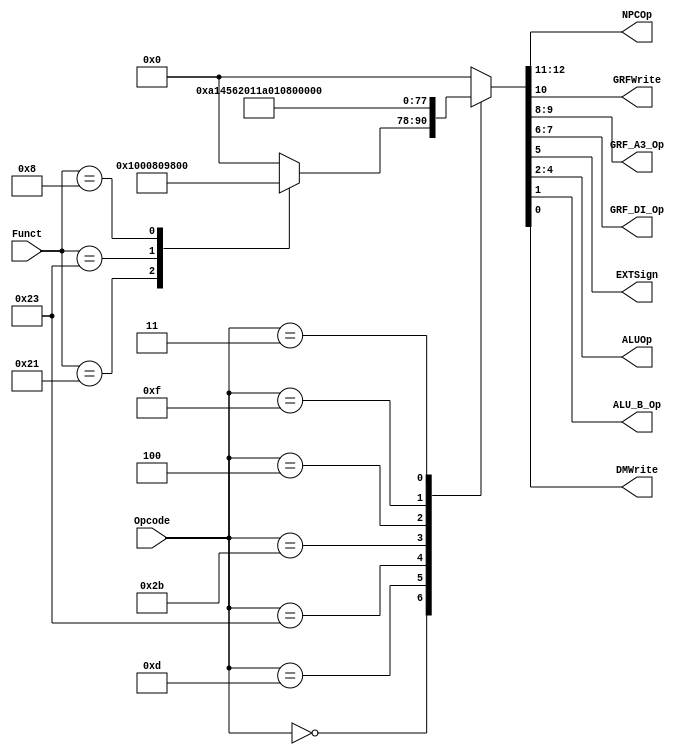
`timescale 1ns / 1ps
module cu(
		input [5:0] Opcode,
		input [5:0] Funct,
		output [1:0] NPCOp,
		output GRFWrite,
		output [1:0] GRF_A3_Op,
		output [1:0] GRF_DI_Op,
		output EXTSign,
		output [2:0] ALUOp,
		output ALU_B_Op,
		output DMWrite
	);
	reg [12:0] res;
	assign {NPCOp,GRFWrite,GRF_A3_Op,GRF_DI_Op,EXTSign,ALUOp,ALU_B_Op,DMWrite}=res;
	
	always @(*)
	begin
		case (Opcode)
			6'b000000:
			begin
				case (Funct)
					6'b100001://addu
						res<=13'b0_0100_0000_0000;
					6'b100011://subu
						res<=13'b0_0100_0000_0100;
					6'b001000://jr
						res<=13'b1_1000_0000_0000;
					default: res<=0;
				endcase
			end
			
			6'b001101://ori
				res<=13'b0_0101_0000_1010;
			6'b100011://lw
				res<=13'b0_0101_0110_0010;
			6'b101011://sw
				res<=13'b0_0000_0010_0011;
			6'b000100://beq
				res<=13'b0_1000_0000_0100;
			6'b001111://lui
				res<=13'b0_0101_0000_1110;
			6'b000011://jal
				res<=13'b1_0110_1000_0000;
			default: res<=0;
		endcase
	end
endmodule